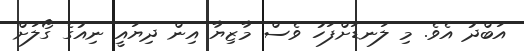
އަބްދު އެވެ. މި ލަނޑަށްފަހު ވެސް މާޒިޔާ އިން ދިޔައީ ނިއުގެ ގޯލަށް